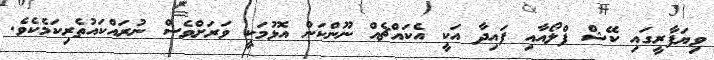
ވިޔަފާރީގައި ކޭޝް ފްލޯއާއި ފައިދާ އަކީ އެކައްޗެއް ނޫންކަން އޮޅުމަކީ ވަރަށްވެސް ނުރައްކައުތެރިކަމެކެވެ.